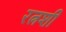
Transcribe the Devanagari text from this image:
रत्नशी